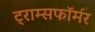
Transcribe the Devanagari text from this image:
ट्राम्सफॉर्मर